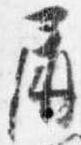
屏